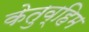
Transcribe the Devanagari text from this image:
केतुव्हिम